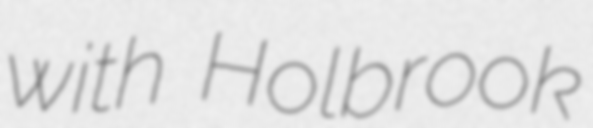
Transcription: with Holbrook